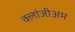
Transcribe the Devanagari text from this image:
क्लांजीअम